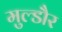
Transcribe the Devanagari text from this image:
मुल्डौर